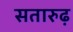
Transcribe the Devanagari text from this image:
सतारुढ़